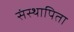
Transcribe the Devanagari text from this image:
संस्थापिता